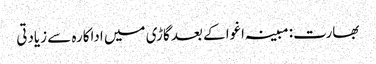
بھارت: مبینہ اغوا کے بعد گاڑی میں اداکارہ سے زیادتی